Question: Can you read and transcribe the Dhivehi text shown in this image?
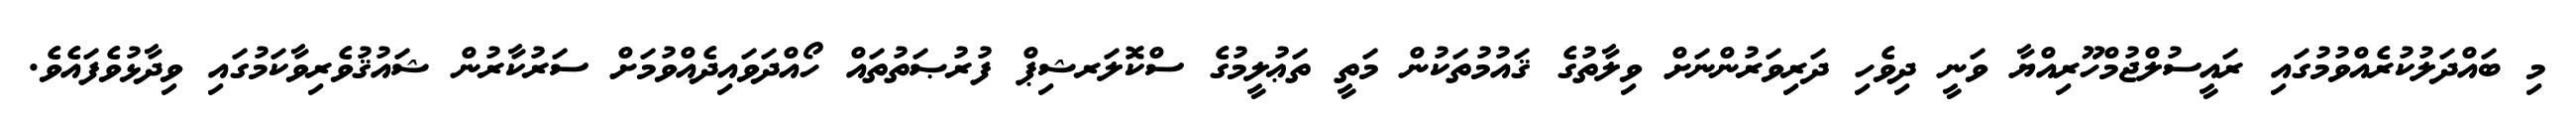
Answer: މި ބައްދަލުކުރެއްވުމުގައި ރައީސުލްޖުމްހޫރިއްޔާ ވަނީ ދިވެހި ދަރިވަރުންނަށް ވިލާތުގެ ޤައުމުތަކުން މަތީ ތަޢުލީމުގެ ސްކޮލަރޝިޕް ފުރުޞަތުތައް ހޯއްދަވައިދެއްވުމަށް ސަރުކާރުން ޝައުޤުވެރިވާކަމުގައި ވިދާޅުވެފައެވެ.